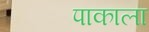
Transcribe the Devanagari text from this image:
पाकाला